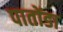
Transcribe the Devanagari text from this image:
पातोंडा